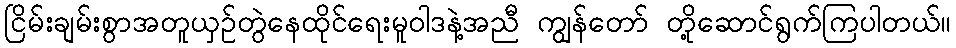
ငြိမ်းချမ်းစွာအတူယှဉ်တွဲနေထိုင်ရေးမူဝါဒနဲ့အညီ ကျွန်တော် တို့ဆောင်ရွက်ကြပါတယ်။